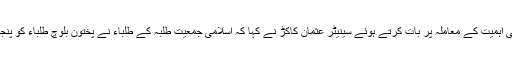
پیر کو ایوان بالا کے اجلاس میں عوامی اہمیت کے معاملہ پر بات کرتے ہوئے سینیٹر عثمان کاکڑ نے کہا کہ اسلامی جمعیت طلبہ کے طلباء نے پختون بلوچ طلباء کو پنجاب یونیورسٹی میں تشدد کا نشانہ بنایا۔